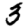
Digit: 3